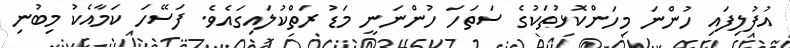
އުފުލިފައި ހުންނަ މިހަންކޮޅުތަކުގެ ސަތަހަ ހުންނަނީ މަޑު ރަތްކުލައިގައެވެ. ފަސޭހަ ކަމާއެކު މިބުނި